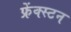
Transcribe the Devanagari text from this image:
फ्रेंक्स्टन